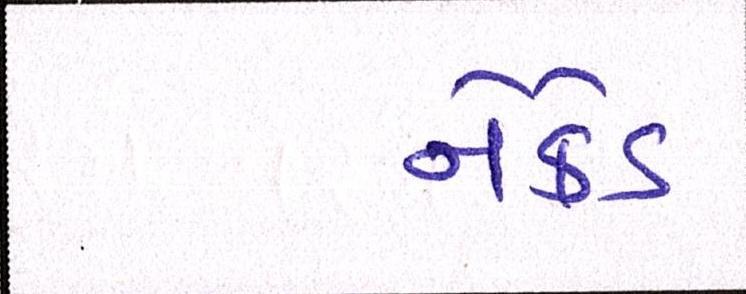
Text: નેકેડ